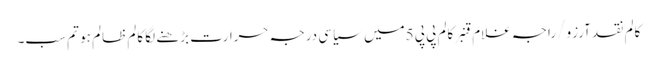
کالم	نقد آرزو/ راجہ غلام قنبر	کالم	پی پی 5میں سیاسی درجہ حرارت بڑھنے لگا	کالم	ظالم ہو تم سب۔